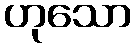
ဟုသော